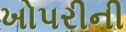
ખોપરીની